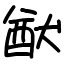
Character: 猷